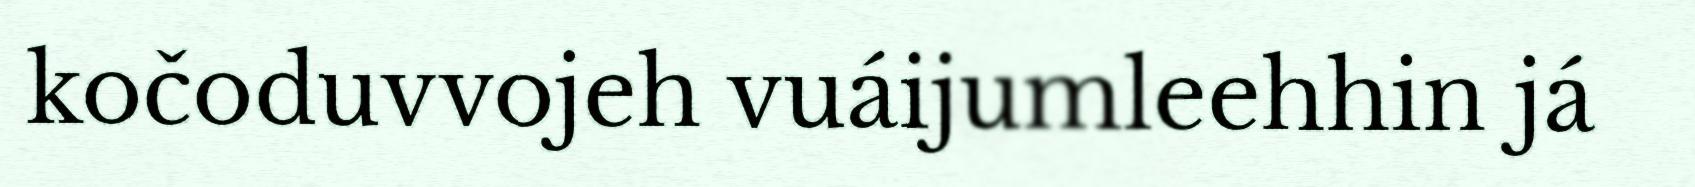
kočoduvvojeh vuáijumleehhin já